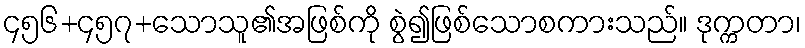
၄၅၆+၄၅၇+သောသူ၏အဖြစ်ကို စွဲ၍ဖြစ်သောစကားသည်။ ဒုက္ကတာ၊